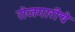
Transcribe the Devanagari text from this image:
रोजगारीचे